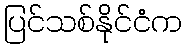
ပြင်သစ်နိုင်ငံက